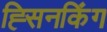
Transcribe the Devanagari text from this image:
ह्सिनकिंग